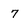
Character: 7